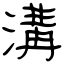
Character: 溝